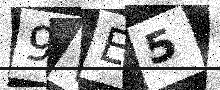
Text: 9VE5